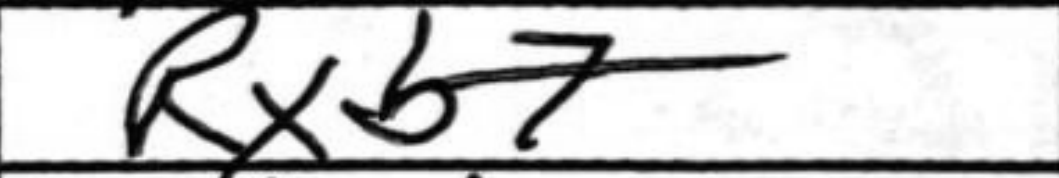
Transcription: Rxb7